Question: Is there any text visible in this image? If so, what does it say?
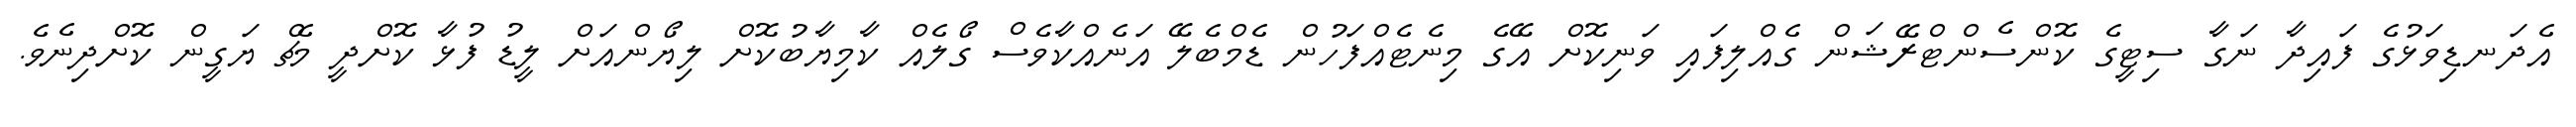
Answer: އެދަނޑިވަޅުގެ ފައިދާ ނަގާ ސިޓީގެ ކޮންސެންޓްރޭޝަން ގެއްލިފައި ވަނިކޮށް އޭގެ މިނެޓެއްފަހުން ޑެމްބެލޭ އަނެއްކާވެސް ގޯލެއް ކާމިޔާބުކޮށް ލިޔޯންއަށް ލީޑު ފުޅާ ކޮށްދީ މެޗް ޔަގީން ކޮށްދިނެވެ.